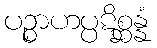
ပဉ္စာဟပ္ပဋိစ္ဆန္နံ